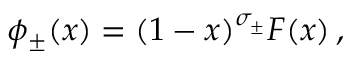
\phi _ { \pm } ( x ) = ( 1 - x ) ^ { \sigma _ { \pm } } F ( x ) \, ,